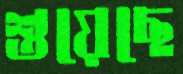
শুয়েছে